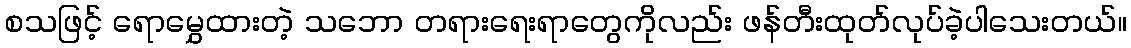
စသဖြင့် ရောမွှေထားတဲ့ သဘော တရားရေးရာတွေကိုလည်း ဖန်တီးထုတ်လုပ်ခဲ့ပါသေးတယ်။